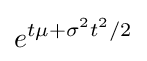
e^{t\mu +\sigma ^{2}t^{2}/2}